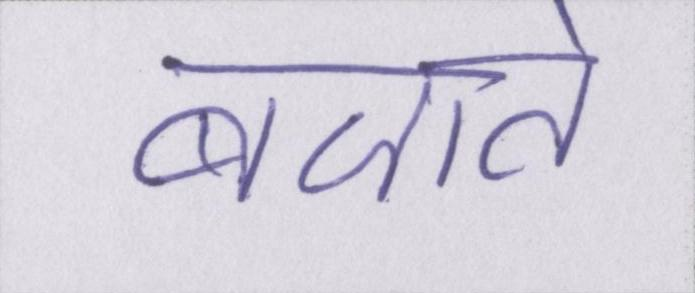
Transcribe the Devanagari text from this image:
बजाते